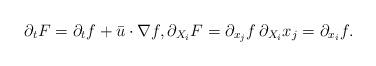
LaTeX: \begin{align*}\partial_t F=\partial_t f+ \bar{u} \cdot \nabla f, \partial_{X_i} F=\partial_{x_j}f \, \partial_{X_i} x_j=\partial_{x_i} f.\end{align*}